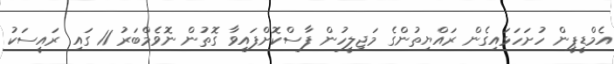
އެމްޑީޕީން ހުށަހަޅައިގެން ރައްޔިތުންގެ މަޖިލީހުން ފާސްކޮށްފައިވާ ގޮތުން ނޮވެމްބަރު 11 ގައި ރައީސަކު